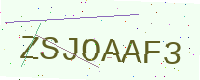
Text: ZSJOAAF3